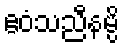
ဧဝံသညီနမ္ပိ